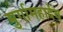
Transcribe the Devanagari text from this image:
मुर्गामहादेव